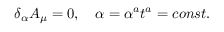
\delta _ { \alpha } A _ { \mu } = 0 , \quad \alpha = \alpha ^ { a } t ^ { a } = c o n s t .